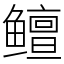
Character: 鳣